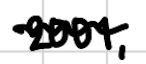
Text: 2001,
Cross-out: wave
Writing tool: digital_black